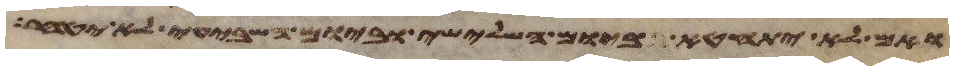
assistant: ואם לא יתחטא ביום השלישי וביום השביעי לא יטהר